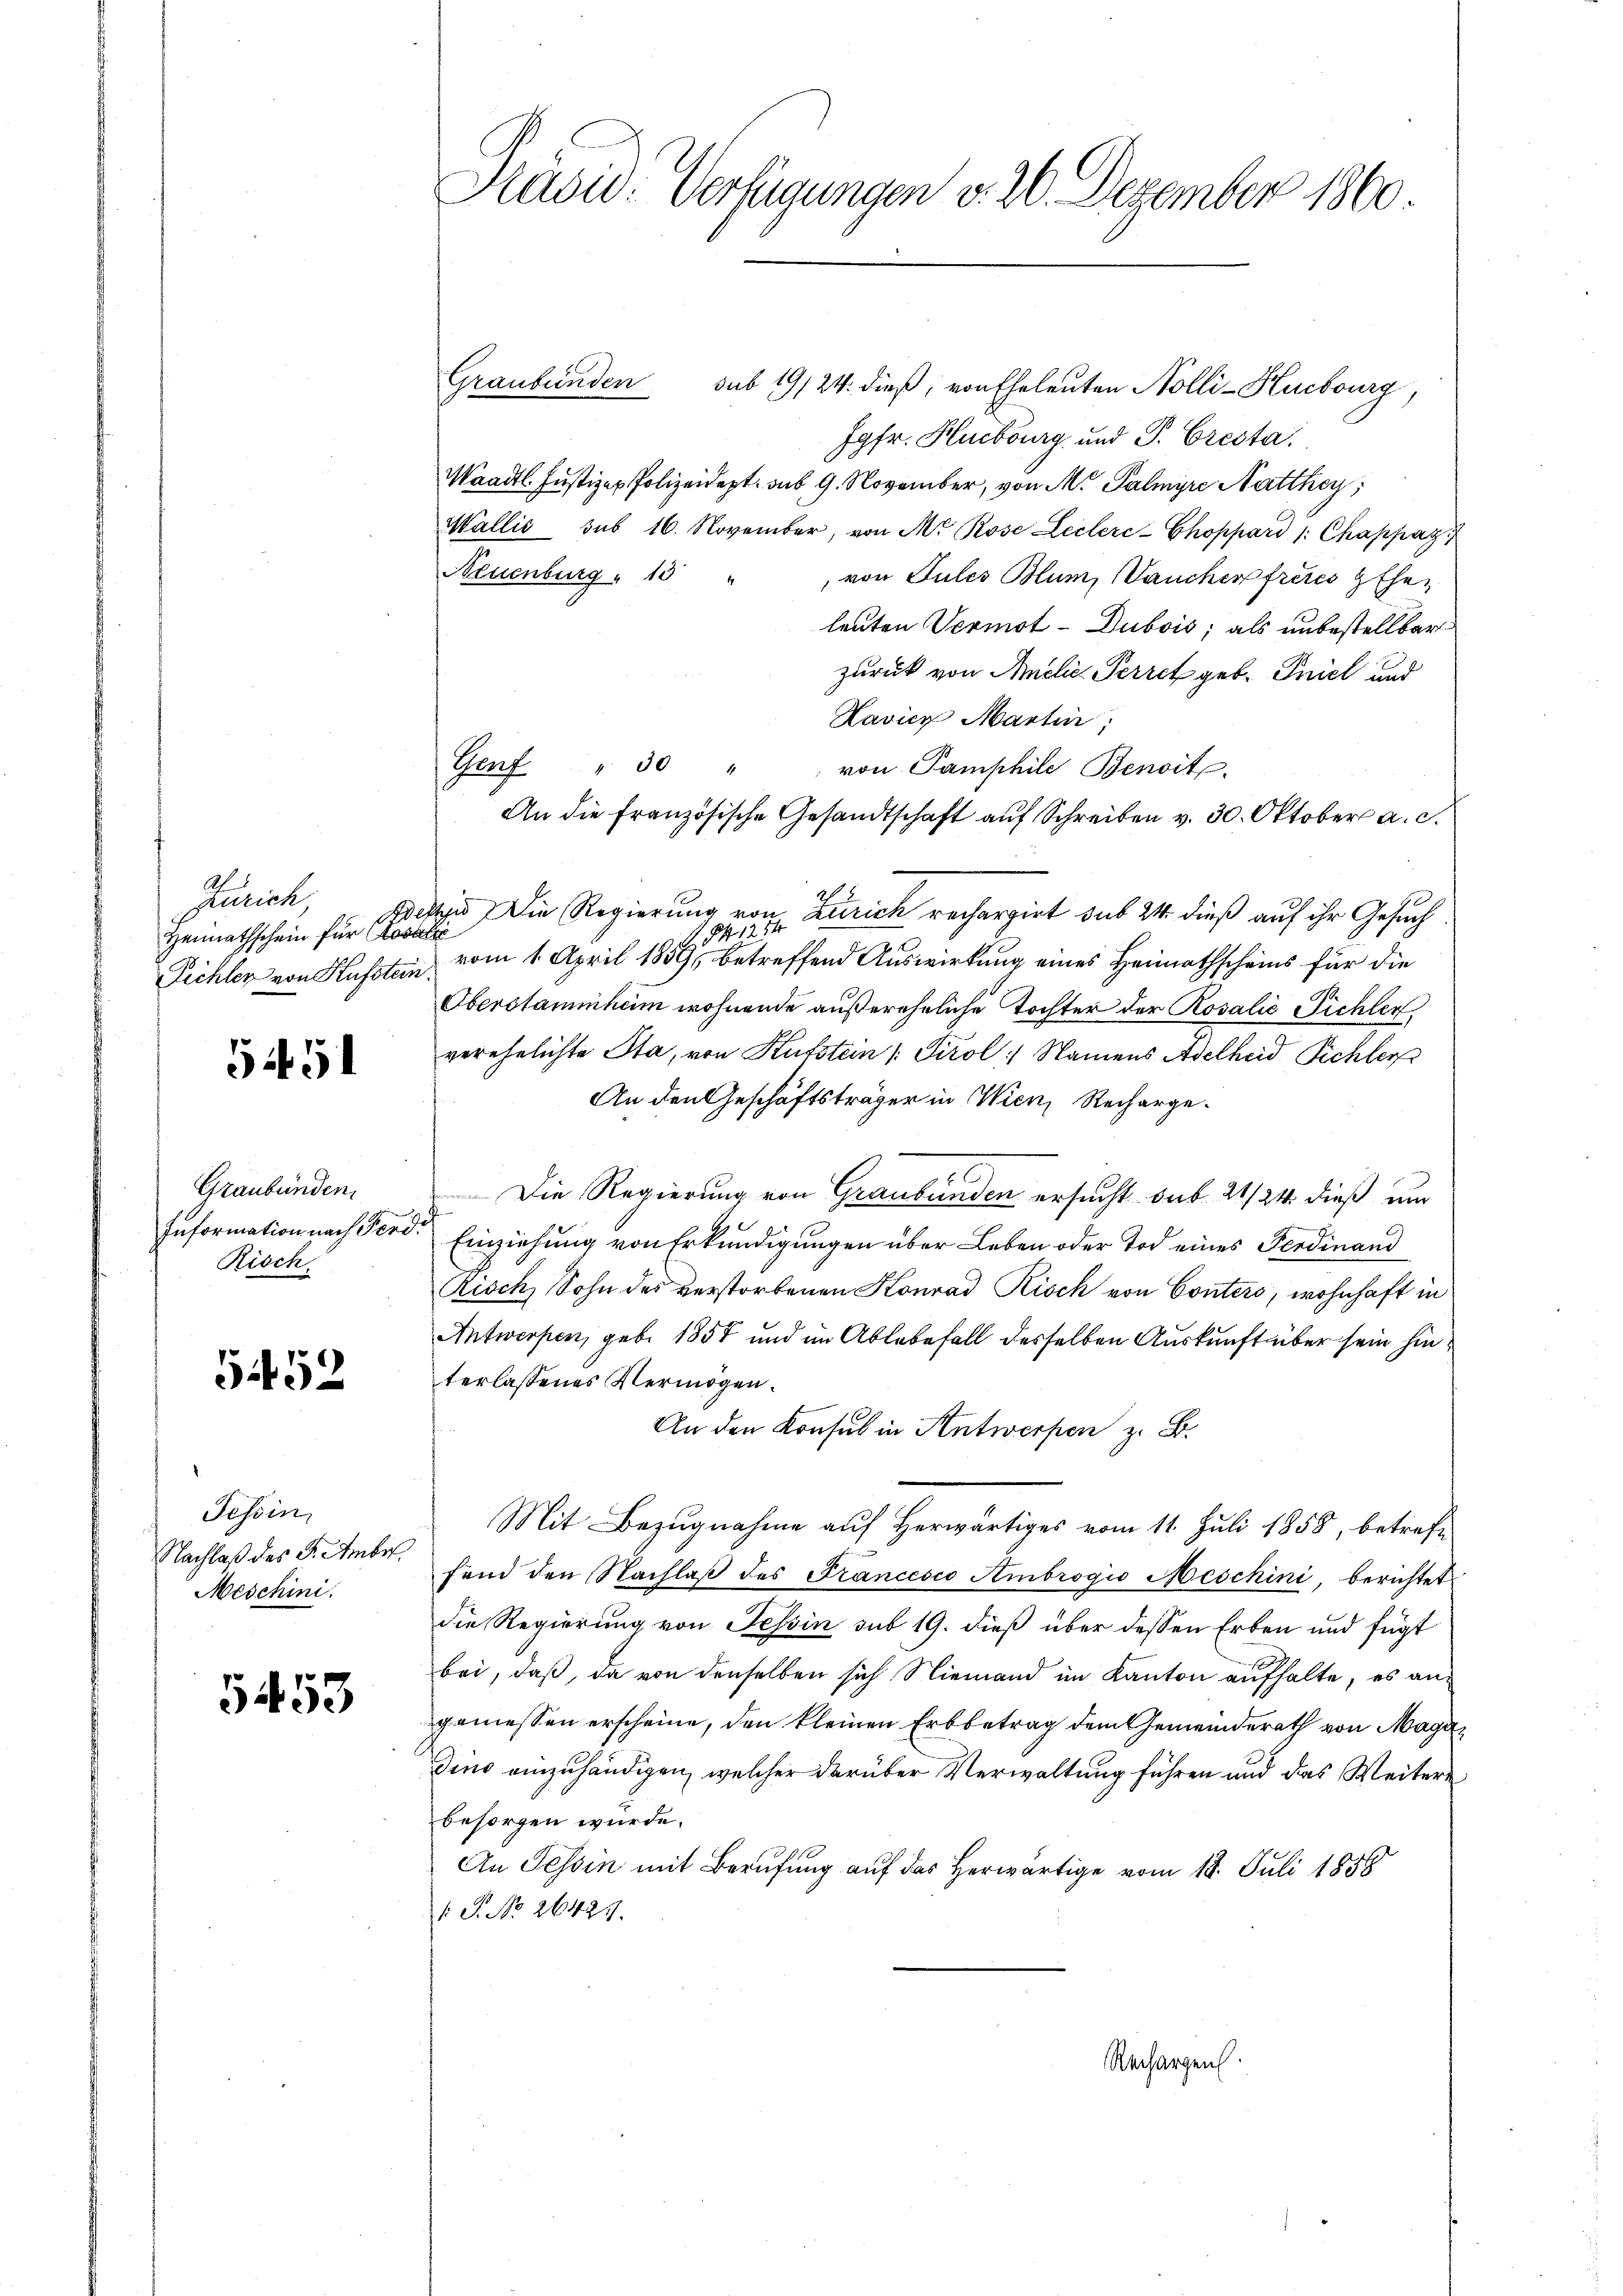
Zürich,
S.
Heimathschein für Koste
Pichler von Kufstein.

5451

Graubünden.
Information nach Ferd:
Risch

5452

Tessin,
Nachlaß des F. Ambr.
Meschini.

5453

Kasid. Verfügungen v. 26. Dezember 1860

Genf " 30 "

Graubünden sub 19/24. dieß, von Eheleuten Nolli-Hucbourg,
Jgfr. Hubourg und P. Cresta
Waadt Justizen Polizeidept. sub 9. November, von M. Palmire Natthey,
Wallis sub 16. November, von M. Rose Leclere-Choppard /: Chappaz
Neuenburg 13
 von Jules Blum, aucher freies gehen
leuten Vermöt-Dubois, als unbestellbar
zurück von Amelić-Perret geb. Pniel und
Kavicz Martin,
von Pamphile Benoit.
An die französische Gesandtschaft auf Schreiben v. 30. Oktober a. c.
n Die Regierung von Zürich rechargirt sub 24. dieß auf ihr Gesuch
t
14121
vom 1. April 1859, betreffend Auswirkung eines Heimathscheins für die
Oberstammheim wohnende außereheliche Tochter der Rosalić Pichler
verehelichte Sta, von Kufstein Tirol Namens Adelheid Pichler
An den Geschäftsträger in Wien, Recharge-
Die Regierung von Graubünden ersucht sub 21/24 dieß um
Einziehung von Erkundigungen über Leben oder Tod eines Ferdinand
Risch, Sohn des verstorbenen Konrad Risch von Conters, wohnhaft in
Antworfen, geb. 1858 und im Ablebenfall desselben Auskunft über sein hinterlassenes Vermögen.
An den Konsul in Antwerpen z. B.
Mit Bezugnahme aŭf herwärtiges vom 11. Juli 1858, betreffend den Nachlaβ des Francesco Ambrogio Neschini, berichtet
die Regierung von Tessin sub 19. dieß über dessen Erben und fügt
bei, daß, da von denselben sich Niemand im Kanton aufhalte, es angemessen erscheine, den kleinen Erbbetrag dem Gemeinderath von Mag
dino einzuhändigen, welcher darüber Verwaltung führen und das Weitere
besorgen würde.
An Tessin mit Berufung auf das Herwärtige vom 18. Juli 1858
: P. No. 26425.
Rechargenh